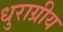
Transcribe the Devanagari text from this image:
धुराग्रीय